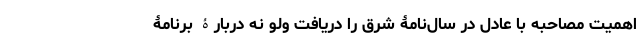
اهمیت مصاحبه با عادل در سال‌نامۀ شرق را دریافت ولو نه دربارۀ برنامۀ